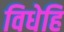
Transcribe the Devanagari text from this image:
विधेहि